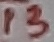
Text: 13